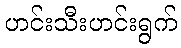
ဟင်းသီးဟင်းရွက်